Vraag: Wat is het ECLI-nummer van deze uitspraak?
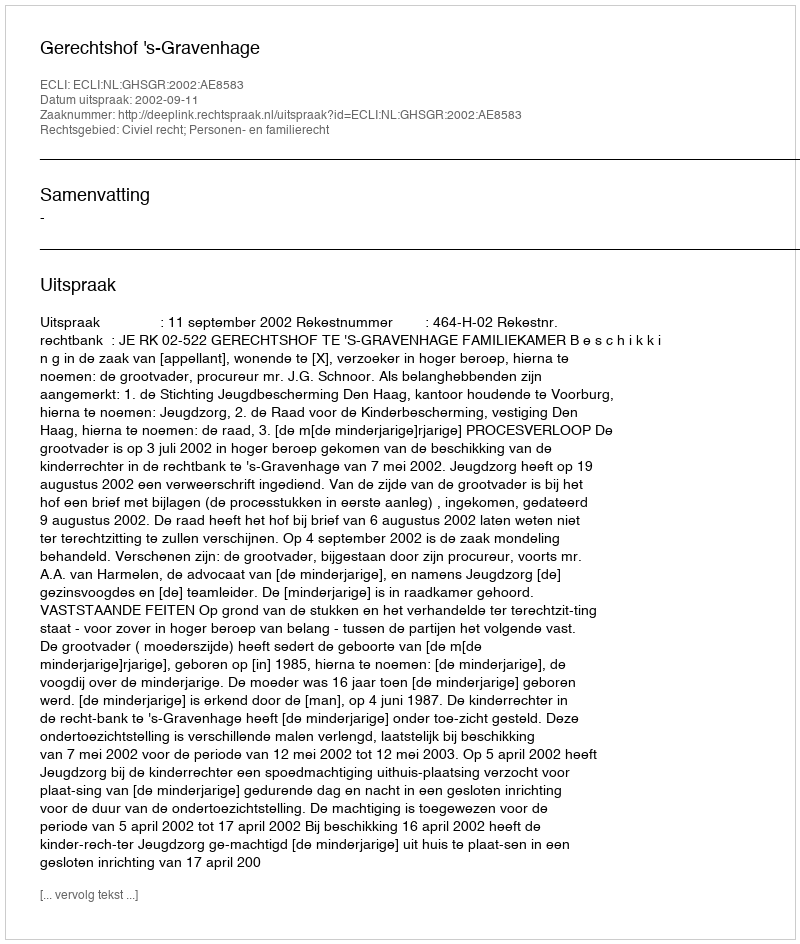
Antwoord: ECLI:NL:GHSGR:2002:AE8583